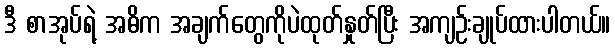
ဒီ စာအုပ်ရဲ့ အဓိက အချက်တွေကိုပဲထုတ်နှုတ်ပြီး အကျဉ်းချုပ်ထားပါတယ်။